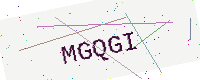
Text: MGQGI